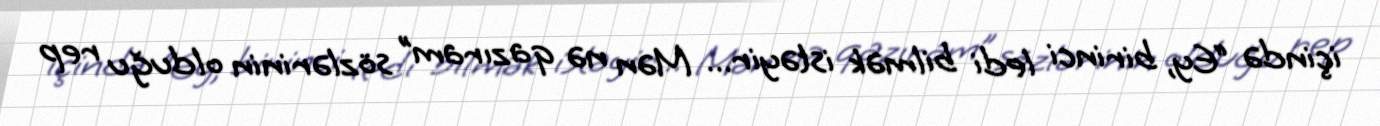
içində “Ey, birinci ledi bilmək istəyir... Mən nə qazıram” sözlərinin olduğu rep